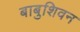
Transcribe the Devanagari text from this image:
बाबुशिवन